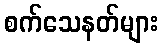
စက်သေနတ်များ